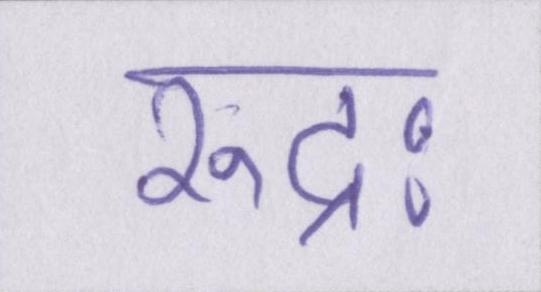
रुद्रः